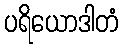
ပရိယောဒါတံ